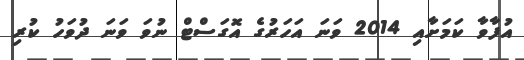
އުފާވާ ކަމަށާއި 2014 ވަނަ އަހަރުގެ އޮގަސްޓް ނުވަ ވަނަ ދުވަހު ކުރި